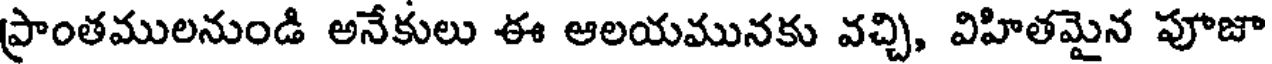
ప్రాంతములనుండి అనేకులు ఈ ఆలయమునకు వచ్చి, విహితమైన పూజా